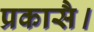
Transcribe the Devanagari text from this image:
प्रकासै।